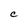
Character: C